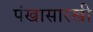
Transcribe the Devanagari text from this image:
पंखासारखी